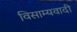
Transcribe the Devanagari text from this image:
विसाम्यवादी